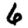
Digit: 6